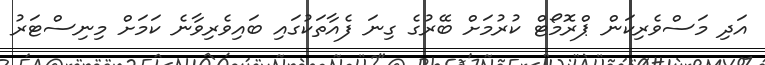
އަދި މަސްވެރިކަން ޕްރޮމޯޓް ކުރުމަށް ބޭރުގެ ގިނަ ފެއާތަކުގައި ބައިވެރިވާނެ ކަމަށް މިނިސްޓަރު